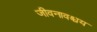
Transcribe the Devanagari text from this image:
जीवनावश्चय